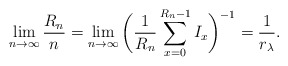
\begin{align*}\lim_{n \to \infty} \frac{R_n}n = \lim_{n \to \infty} \bigg(\frac1{R_n} \sum_{x=0}^{R_n-1} I_x \bigg)^{-1} = \frac1{r_\lambda}.\end{align*}